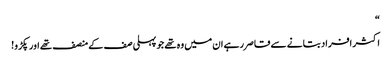
“
اکثر افراد بتانے سے قاصر رہے ان میں وہ تھے جو پہلی صف کے منصف تھے اور پکڑو!